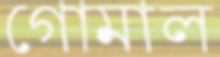
গোমাল